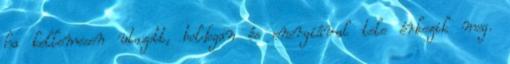
ha kellemesen utazott, boldogan és energiával tele érkezik meg.